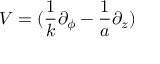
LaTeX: { \displaystyle { V = ( \frac { 1 } { k } \partial _ { \phi } - \frac { 1 } { a } \partial _ { z } ) } }